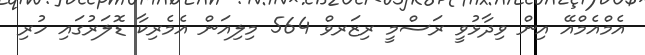
އެމްއެމްއޭ އިން ވިދާޅުވީ ރަސްމީ ރިޒަރވް 564 މިލިއަން އެމެރިކާ ޑޮލަރުގައި ހުރި